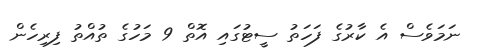
ނަމަވެސް އެ ކާރުގެ ފަހަތު ސީޓުގައި އޮތް 9 މަހުގެ ތުއްތު ފިރިހެން